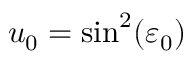
u _ { 0 } = \sin ^ { 2 } ( \varepsilon _ { 0 } )